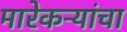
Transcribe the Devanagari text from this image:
मारेकऱ्यांचा